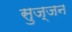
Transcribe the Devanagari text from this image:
सुज्जन